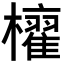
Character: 𣟐